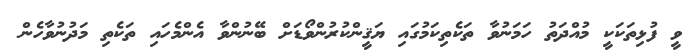
ވީ ފުޅިތަކަކީ މުއްދަތު ހަމަނުވާ ތަކެތިކަމުގައި ޔަޤީންކުރުންވޯޑަށް ބޭނުންވާ އެންމެހައި ތަކެތި މަދުނުވާހެން